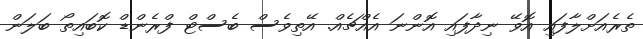
ތެރެއަށްލާފައި އޮވޭ ނިދާފައި އޮންނަ އެއްްޗެއް. އޭތިވެސް ބެސްޓް ފްރެންޑް ކޮބައިތޯ ބަލަން